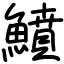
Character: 鱝